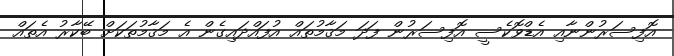
އޮފިސަރުންނާއި އެޑްވޮކެސީ އޮފިސަރުން ފަދަ މަޤާމުތައް އުފައްދައިގެން އެ މަޤާމުތަކަށް ބޭކާރު އެތައް